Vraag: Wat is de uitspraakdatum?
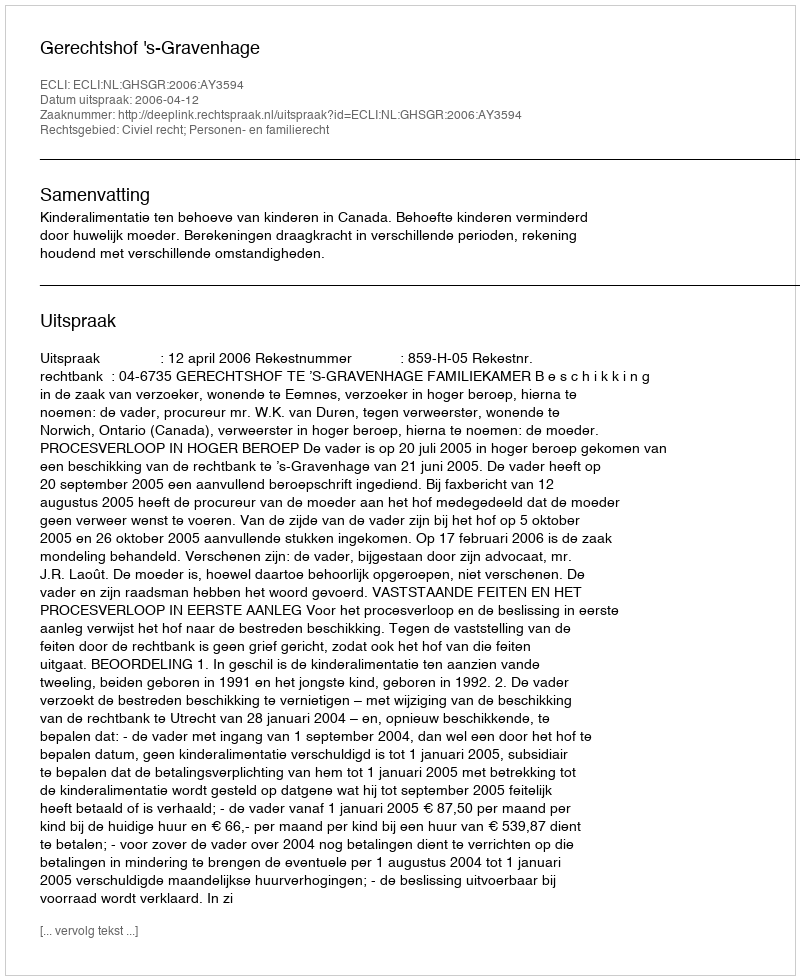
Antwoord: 2006-04-12